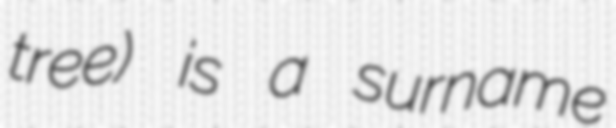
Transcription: tree) is a surname